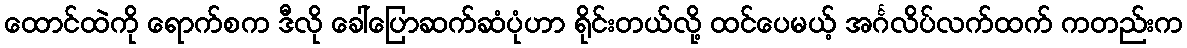
ထောင်ထဲကို ရောက်စက ဒီလို ခေါ်ပြောဆက်ဆံပုံဟာ ရိုင်းတယ်လို့ ထင်ပေမယ့် အင်္ဂလိပ်လက်ထက် ကတည်းက